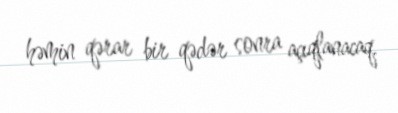
həmin qərar bir qədər sonra açıqlanacaq.